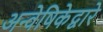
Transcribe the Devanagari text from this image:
अन्वेषिकेद्वारे